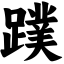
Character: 蹼